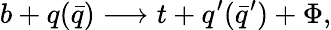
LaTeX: b+q(\bar{q})\longrightarrow t+q^{\prime}(\bar{q}^{\prime})+\Phi,